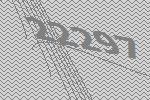
22297